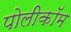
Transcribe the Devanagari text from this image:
पोलीकॉम